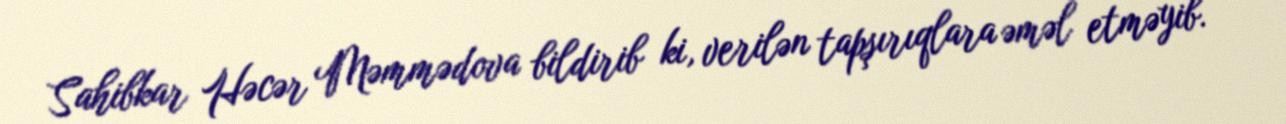
Sahibkar Həcər Məmmədova bildirib ki, verilən tapşırıqlara əməl etməyib.